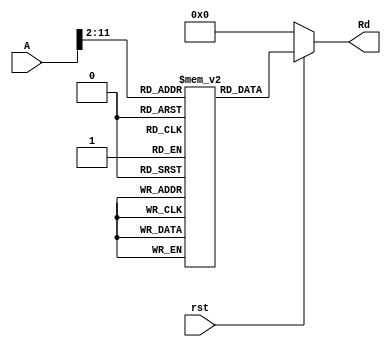
module Instruction_Memory(A, rst, Rd);
  input [31:0] A;
  input rst;
  output [31:0] Rd;

  reg [31:0] Memory [1023:0];

  assign Rd = (rst == 1'b0) ? 32'h00000000 : Memory[A[31:2]];
endmodule